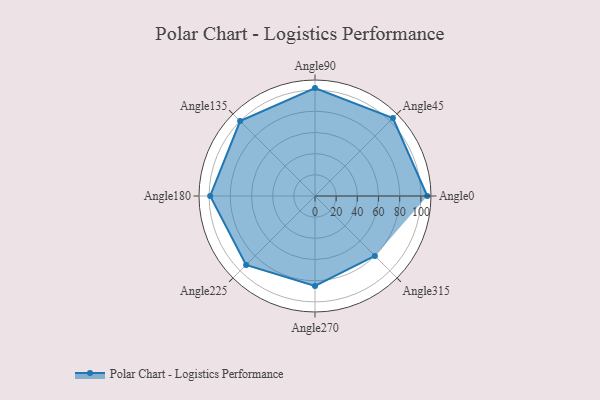
{"axis": {"x": "Angle", "y": "Radius"}, "legend": [""], "data": [{"x": "Angle0", "y": 106.0, "type": ""}, {"x": "Angle45", "y": 104.0, "type": ""}, {"x": "Angle90", "y": 102.0, "type": ""}, {"x": "Angle135", "y": 100.0, "type": ""}, {"x": "Angle180", "y": 99.0, "type": ""}, {"x": "Angle225", "y": 92.0, "type": ""}, {"x": "Angle270", "y": 85.0, "type": ""}, {"x": "Angle315", "y": 80.0, "type": ""}]}